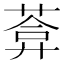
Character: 葊